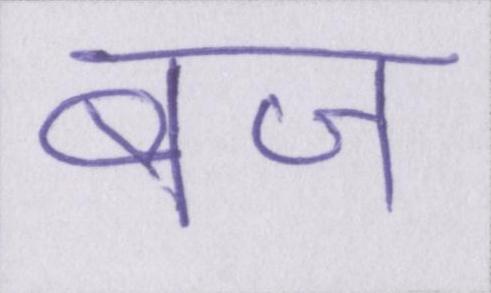
बज